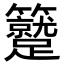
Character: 𥷼